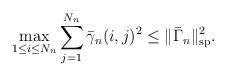
LaTeX: \begin{align*}\max_{1\leq i\leq N_n}\sum_{j=1}^{N_n}\bar{\gamma}_{n}(i,j)^2\leq\|\bar{\Gamma}_n\|^2_\mathrm{sp}.\end{align*}